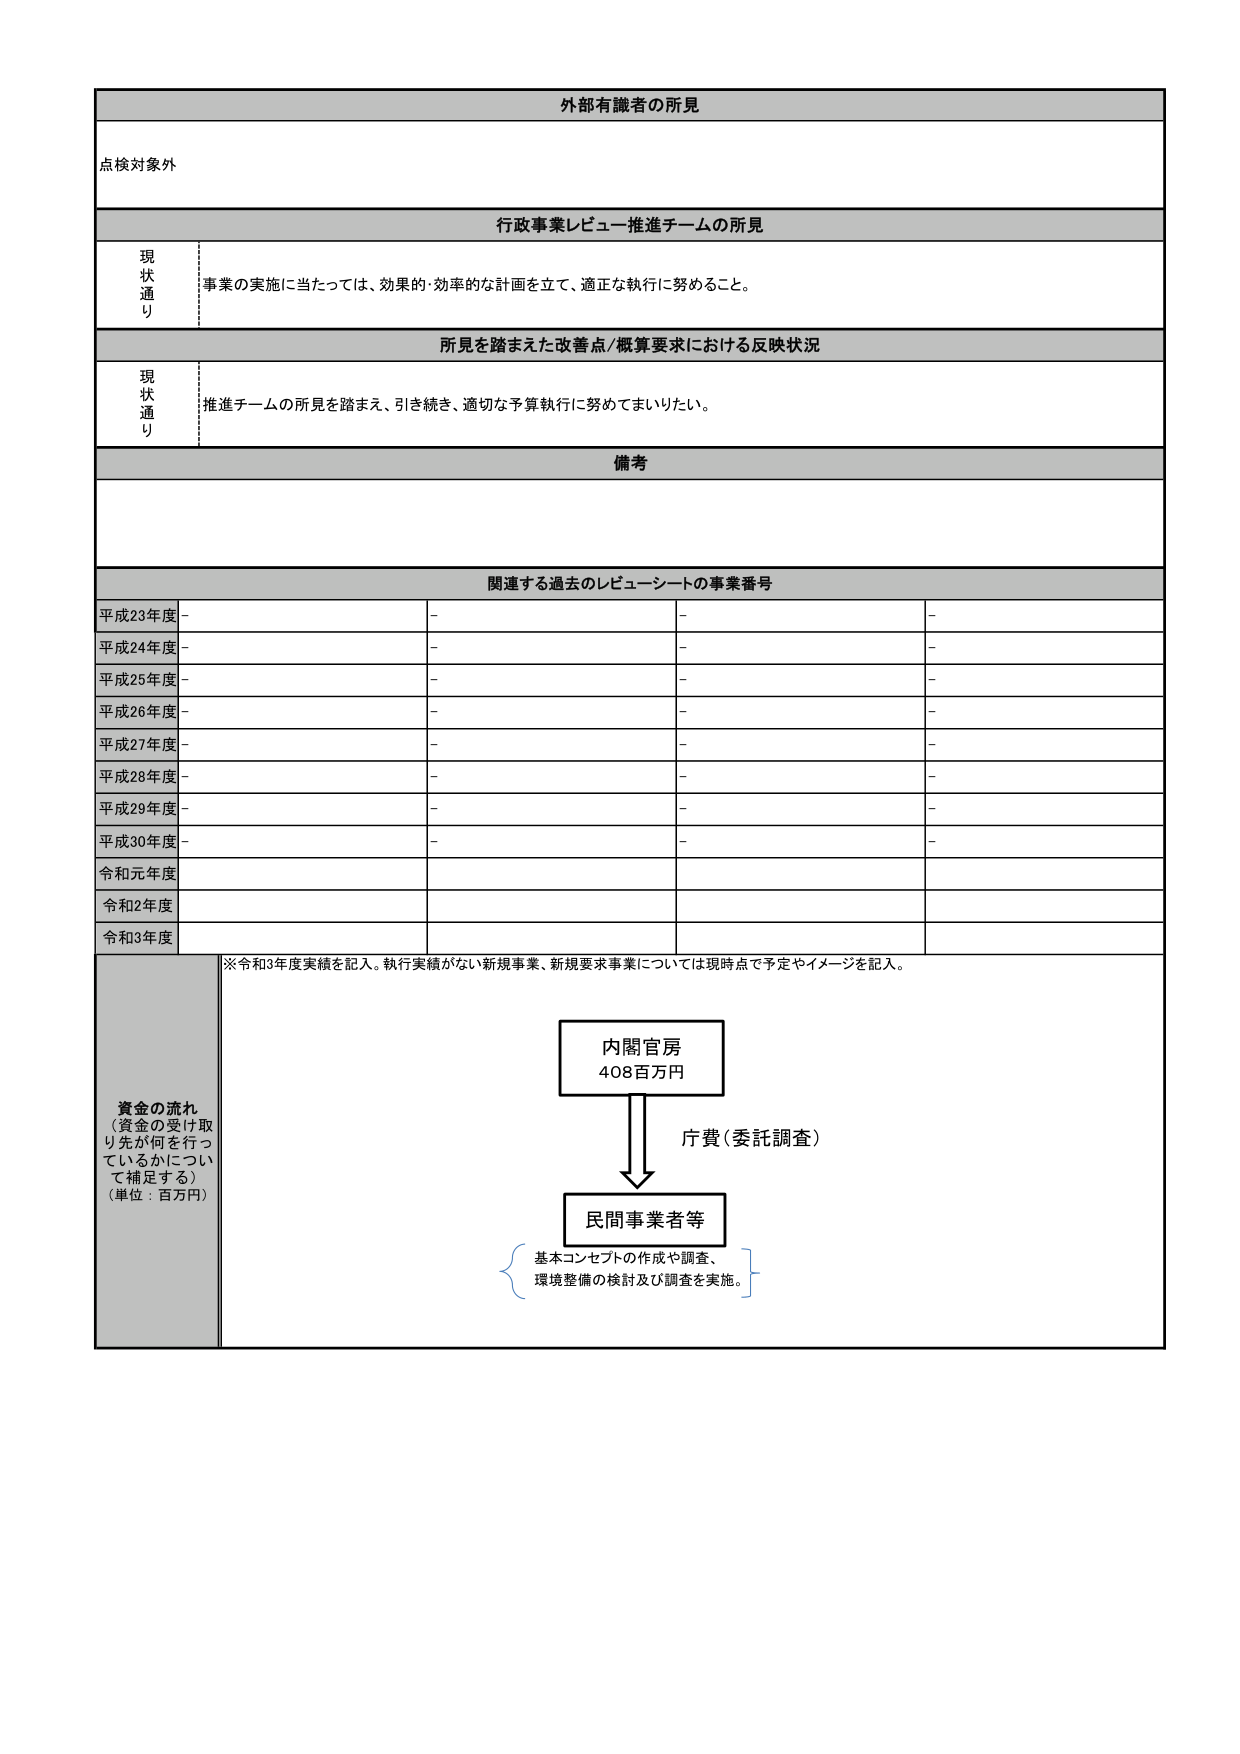
外部有識者の所見
点検対象外

行政事業レビュー推進チームの所見
現状通り
事業の実施に当たっては、効果的・効率的な計画を立て、適正な執行に努めること。

所見を踏まえた改善点/概算要求における反映状況
現状通り
推進チームの所見を踏まえ、引き続き、適切な予算執行に努めてまいりたい。

備考

関連する過去のレビューーシートの事業番号
平成23年度 - - - -
平成24年度 - - - -
平成25年度 - - - -
平成26年度 - - - -
平成27年度 - - - -
平成28年度 - - - -
平成29年度 - - - -
平成30年度 - - - -
令和元年度
令和2年度
令和3年度

※令和3年度実績を記入。執行実績がない新規事業、新規要求事業については現時点で予定やイメージを記入。

資金の流れ
（資金の受け取り先が何を行っているかについて補足する）
（単位：百万円）

内閣官房
408百万円

庁費（委託調査）

民間事業者等

基本コンセプトの作成や調査、
環境整備の検討及び調査を実施。